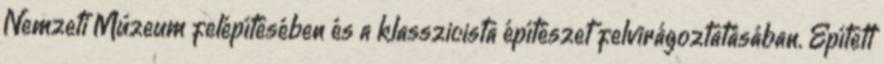
Nemzeti Múzeum felépítésében és a klasszicista építészet felvirágoztatásában. Épített